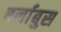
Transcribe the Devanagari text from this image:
बर्नाबुस